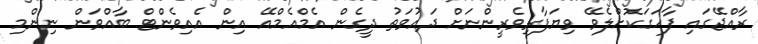
ރާއްޖޭގައި ފާހަގަކޮށްލެވޭ ވިޔަފާރިވެރީންނަށް ދައުވަތު ދީގެން އެމްއެމްއޭ އިން އެއިވެންޓް ބާއްވަން ނިންމި